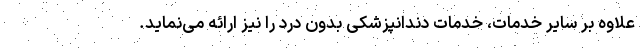
علاوه بر سایر خدمات، خدمات دندانپزشکی بدون درد را نیز ارائه می‌نماید.